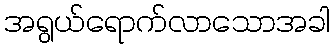
အရွယ်ရောက်လာသောအခါ